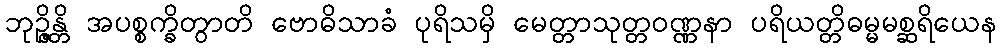
ဘုဉ္ဇိန္တိ အပစ္စက္ခိတွာတိ ဗောဓိသာခံ ပုရိသမှိ မေတ္တာသုတ္တဝဏ္ဏနာ ပရိယတ္တိဓမ္မမစ္ဆရိယေန